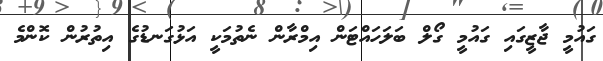
ގައުމީ ޖާޒީގައި ގައުމީ ގޯލް ބަލަހައްޓަން އިމްރާން ނެތުމަކީ އަޅުގަނޑުގެ އިތުރުން ކޮންމެ